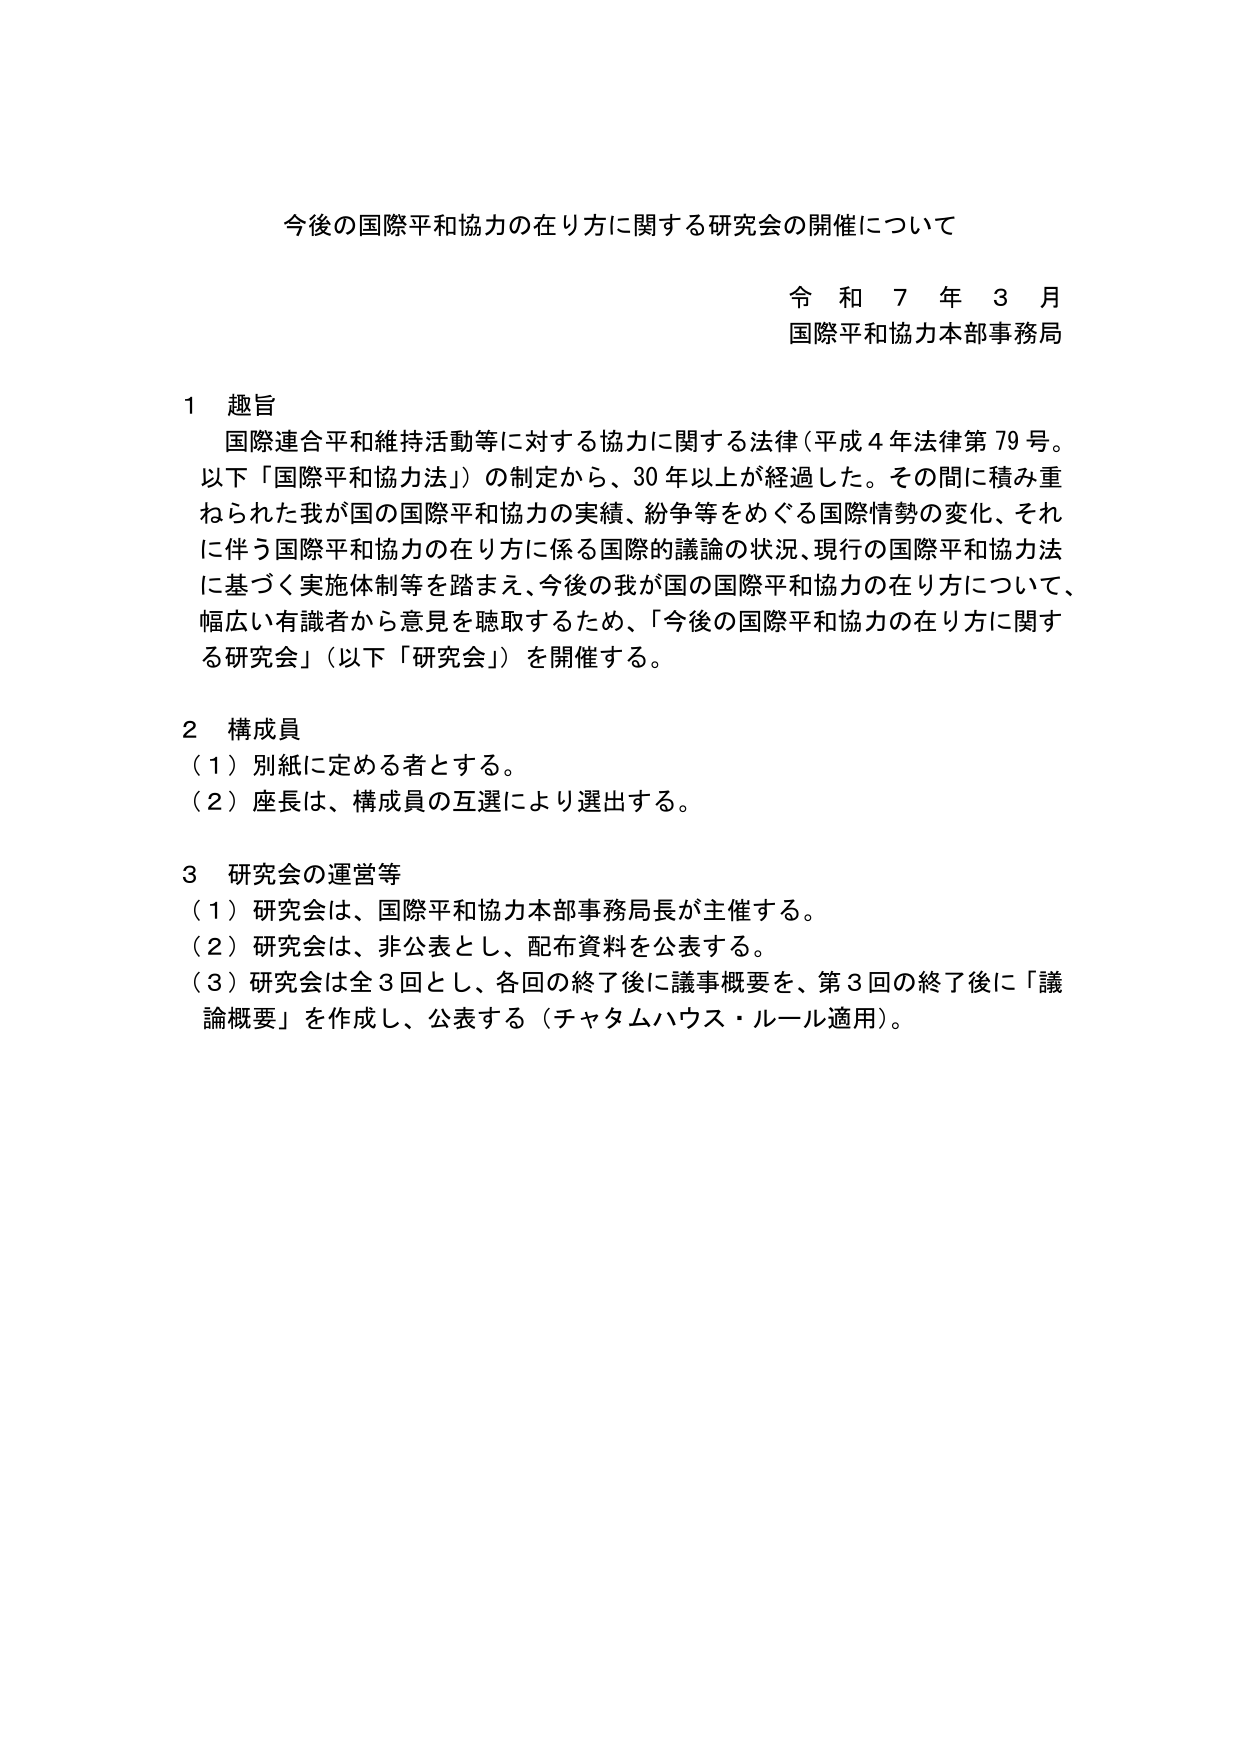
今後の国際平和協力の在り方に関する研究会の開催について

令和７年３月
国際平和協力本部事務局

１ 趣旨
国際連合平和維持活動等に対する協力に関する法律（平成４年法律第79号。以下「国際平和協力法」）の制定から、30年以上が経過した。その間に積み重ねられた我が国の国際平和協力の実績、紛争等をめぐる国際情勢の変化、それに伴う国際平和協力の在り方に係る国際的議論の状況、現行の国際平和協力法に基づく実施体制等を踏まえ、今後の我が国の国際平和協力の在り方について、幅広い有識者から意見を聴取するため、「今後の国際平和協力の在り方に関する研究会」（以下「研究会」）を開催する。

２ 構成員
（１）別紙に定める者とする。
（２）座長は、構成員の互選により選出する。

３ 研究会の運営等
（１）研究会は、国際平和協力本部事務局長が主催する。
（２）研究会は、非公表とし、配布資料を公表する。
（３）研究会は全３回とし、各回の終了後に議事概要を、第３回の終了後に「議論概要」を作成し、公表する（チャタムハウス・ルール適用）。